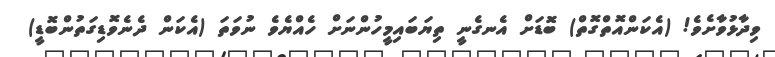
ވިދާޅުވާށެވެ! (އެކަންއޮތްގޮތް) ބޮޑަށް އެނގެނީ ތިޔަބައިމީހުންނަށް ހެއްޔެވެ ނުވަތަ (އެކަން ދެނެވޮޑިގަތުންބޮޑީ)